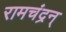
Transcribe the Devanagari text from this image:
रामचंद्रन्‌